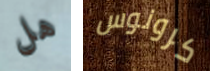
هل كرونوس